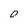
Character: 0